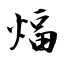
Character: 煏